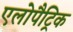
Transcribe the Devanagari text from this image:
एलोपैट्रिक